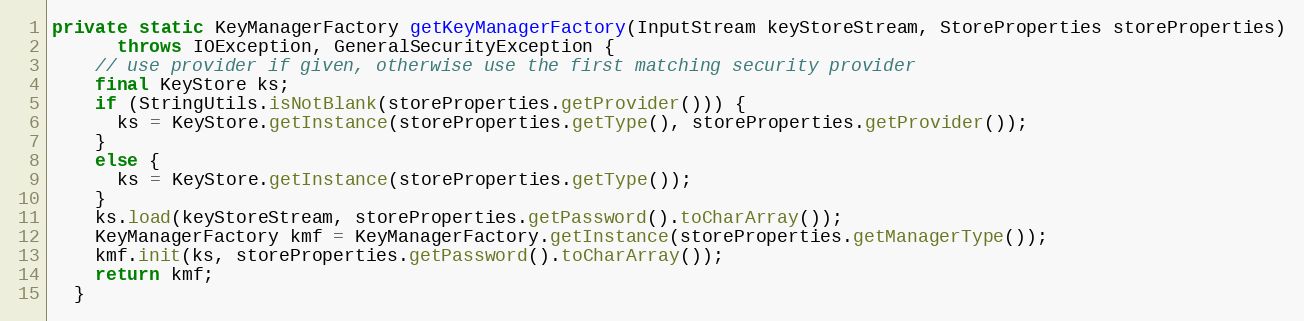
Language: Java
private static KeyManagerFactory getKeyManagerFactory(InputStream keyStoreStream, StoreProperties storeProperties)
      throws IOException, GeneralSecurityException {
    // use provider if given, otherwise use the first matching security provider
    final KeyStore ks;
    if (StringUtils.isNotBlank(storeProperties.getProvider())) {
      ks = KeyStore.getInstance(storeProperties.getType(), storeProperties.getProvider());
    }
    else {
      ks = KeyStore.getInstance(storeProperties.getType());
    }
    ks.load(keyStoreStream, storeProperties.getPassword().toCharArray());
    KeyManagerFactory kmf = KeyManagerFactory.getInstance(storeProperties.getManagerType());
    kmf.init(ks, storeProperties.getPassword().toCharArray());
    return kmf;
  }